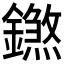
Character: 𨭝